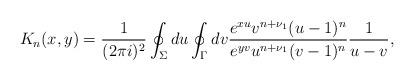
LaTeX: \begin{align*} K_n(x, y) = \frac{1}{(2\pi i)^2} \oint_{\Sigma} du \oint_{\Gamma} dv \frac{e^{xu} v^{n + \nu_1} (u - 1)^n}{e^{yv} u^{n + \nu_1} (v - 1)^n} \frac{1}{u - v},\end{align*}